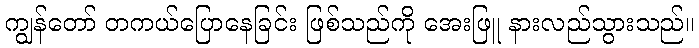
ကျွန်တော် တကယ်ပြောနေခြင်း ဖြစ်သည်ကို အေးဖြူ နားလည်သွားသည်။